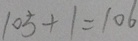
1 0 5 + 1 = 1 0 6